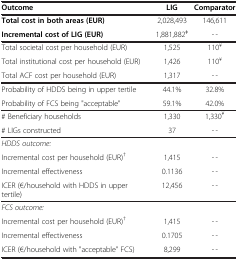
| Outcome | LIG | Comparator |
 | --- | --- | --- |
 | Total cost in both areas (EUR) | 2,028,493 | 146,611 |
 | Incremental cost of LIG (EUR) | 1,881,882ǂ | -?€- |
 | Total societal cost per household (EUR) | 1,525 | 110¥ |
 | Total institutional cost per household (EUR) | 1,426 | 110¥ |
 | Total ACF cost per household (EUR) | 1,317 | -?€- |
 | Probability of HDDS being in upper tertile | 44.1% | 32.8% |
 | Probability of FCS being "acceptable" | 59.1% | 42.0% |
 | # Beneficiary households | 1,330 | 1,330¥ |
 | # LIGs constructed | 37 | -?€- |
 | HDDS outcome: |  |  |
 | Incremental cost per household (EUR)† | 1,415 | -?€- |
 | Incremental effectiveness | 0.1136 | -?€- |
 | ICER (€/household with HDDS in upper tertile) | 12,456 | -?€- |
 | FCS outcome: |  |  |
 | Incremental cost per household (EUR)† | 1,415 | -?€- |
 | Incremental effectiveness | 0.1705 | -?€- |
 | ICER (€/household with "acceptable" FCS) | 8,299 | -?€- |